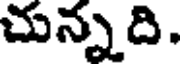
చున్నది.